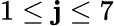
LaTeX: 1\le\mathbf{j}\le7